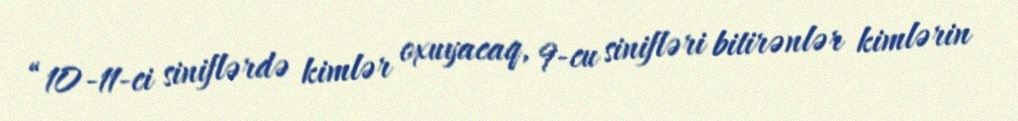
“10-11-ci siniflərdə kimlər oxuyacaq, 9-cu sinifləri bitirənlər kimlərin